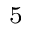
_ 5